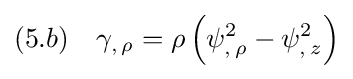
(5.b)\quad \gamma _{,\,\rho }=\rho \,{\Big (}\psi _{,\,\rho }^{2}-\psi _{,\,z}^{2}{\Big )}